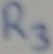
Text: R3